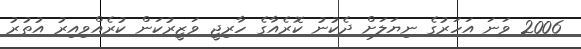
2006 ވަނަ އަހަރުގެ ނިޔަލަށް ދެކުނު ކޮރެއާގެ ހާރިޖީ ވަޒީރުކަން ކުރެއްވިއިރު އުތުރު